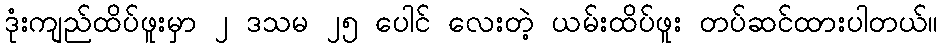
ဒုံးကျည်ထိပ်ဖူးမှာ ၂ ဒသမ ၂၅ ပေါင် လေးတဲ့ ယမ်းထိပ်ဖူး တပ်ဆင်ထားပါတယ်။